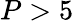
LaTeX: P>5